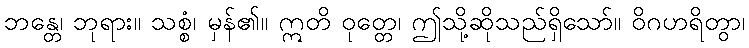
ဘန္တေ၊ ဘုရား။ သစ္စံ၊ မှန်၏။ ဣတိ ဝုတ္တေ၊ ဤသို့ဆိုသည်ရှိသော်။ ဝိဂဟရိတွာ၊